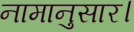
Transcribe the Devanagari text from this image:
नामानुसार।